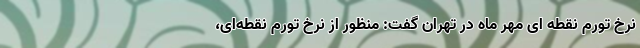
نرخ تورم نقطه ای مهر ماه در تهران گفت: منظور از نرخ تورم نقطه‌ای،